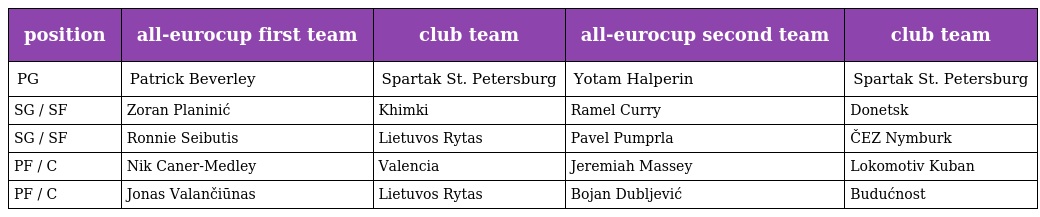
| position | all-eurocup first team | club team | all-eurocup second team | club team |
 | --- | --- | --- | --- | --- |
 | PG | Patrick Beverley | Spartak St. Petersburg | Yotam Halperin | Spartak St. Petersburg |
 | SG / SF | Zoran Planinić | Khimki | Ramel Curry | Donetsk |
 | SG / SF | Ronnie Seibutis | Lietuvos Rytas | Pavel Pumprla | ČEZ Nymburk |
 | PF / C | Nik Caner-Medley | Valencia | Jeremiah Massey | Lokomotiv Kuban |
 | PF / C | Jonas Valančiūnas | Lietuvos Rytas | Bojan Dubljević | Budućnost |